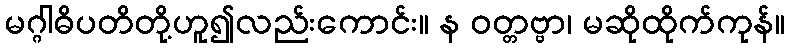
မဂ္ဂါဓိပတိတို့ဟူ၍လည်းကောင်း။ န ဝတ္တဗ္ဗာ၊ မဆိုထိုက်ကုန်။